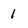
Character: 1